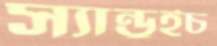
স্যান্ডুইচ